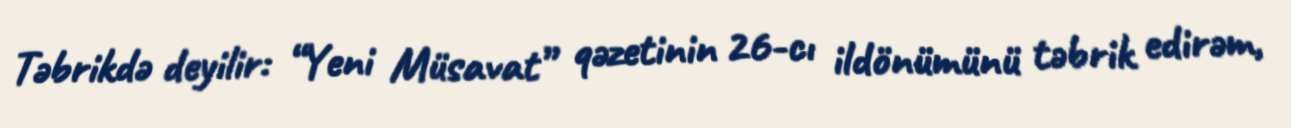
Təbrikdə deyilir: “Yeni Müsavat” qəzetinin 26-cı ildönümünü təbrik edirəm,